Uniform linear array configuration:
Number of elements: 24
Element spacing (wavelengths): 0.5
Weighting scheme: blackman
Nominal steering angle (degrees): -15
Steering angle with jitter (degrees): -15.769
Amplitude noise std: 0.05
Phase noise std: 0.05

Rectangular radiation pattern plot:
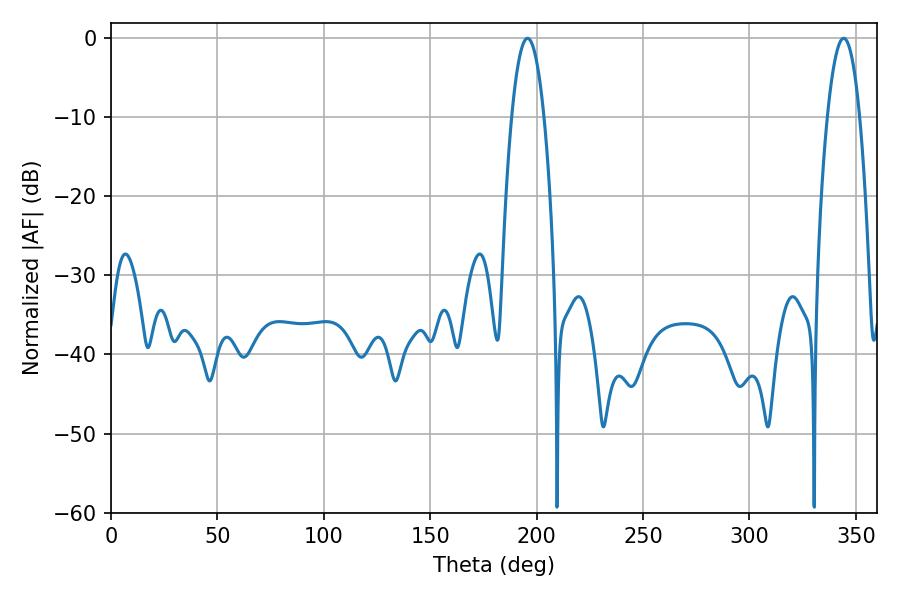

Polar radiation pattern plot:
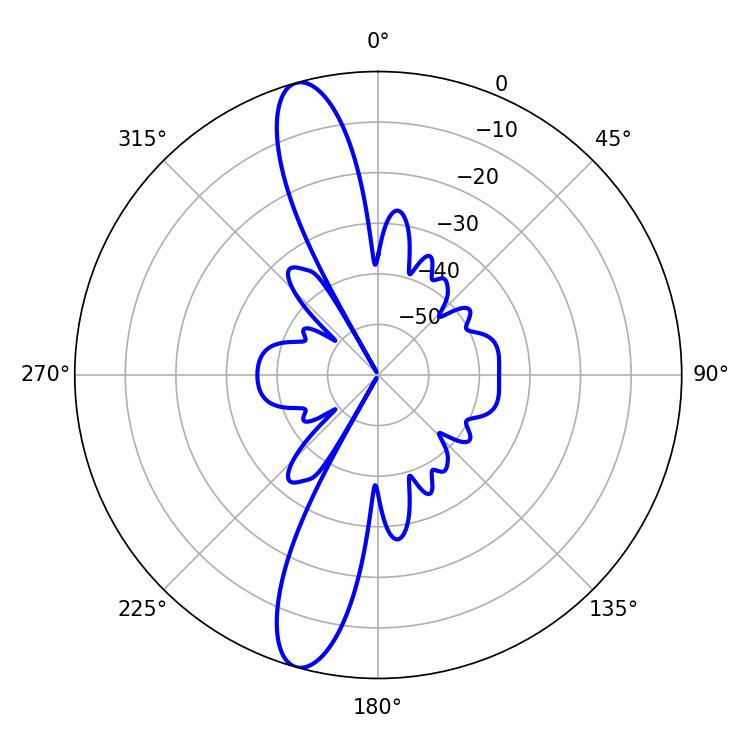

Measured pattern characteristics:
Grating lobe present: FALSE
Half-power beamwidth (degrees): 8.46
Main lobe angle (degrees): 344.34